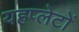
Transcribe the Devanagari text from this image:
यहप्लेटों